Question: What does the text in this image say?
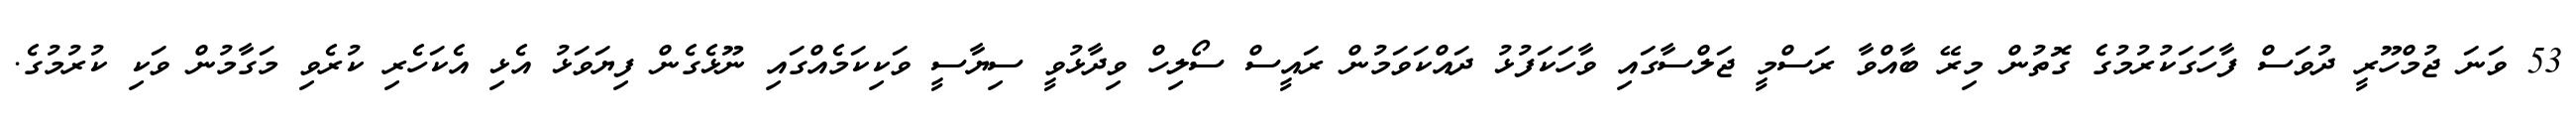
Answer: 53 ވަނަ ޖުމްހޫރީ ދުވަސް ފާހަގަކުރުމުގެ ގޮތުން މިރޭ ބާއްވާ ރަސްމީ ޖަލްސާގައި ވާހަކަފުޅު ދައްކަވަމުން ރައީސް ސޯލިހް ވިދާޅުވީ ސިޔާސީ ވަކިކަމެއްގައި ނޫޅެގެން ފިޔަވަޅު އެޅި އެކަހެރި ކުރެވި މަގާމުން ވަކި ކުރުމުގެ.